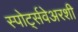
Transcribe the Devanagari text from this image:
स्पोर्ट्सवेअरशी